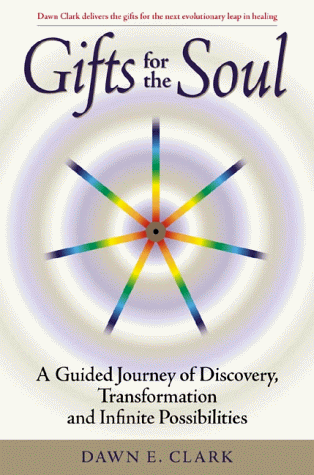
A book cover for Gifts for the Soul: A Guided Journey of Discovery, Transformation and Infinite Possibilities; Dawn Clark; Self-Help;